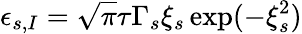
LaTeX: \epsilon_{s,I}=\sqrt{\pi}\tau\Gamma_{s}\xi_{s}\exp(-\xi_{s}^{2})